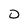
Character: 0